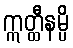
ဣတ္ထီနမ္ပိ